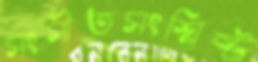
সংগীতসংশ্লিষ্ট